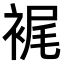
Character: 𧚟